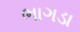
ભાગડા